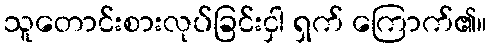
သူတောင်းစားလုပ်ခြင်းငှါ ရှက် ကြောက်၏။